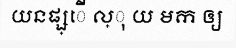
យនផ្ស្ើ ល្ុ យ មក ឲ្យ